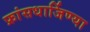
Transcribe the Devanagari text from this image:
फ्रांसधार्जिण्या